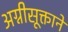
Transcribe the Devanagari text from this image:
अग्नीसूक्ताने